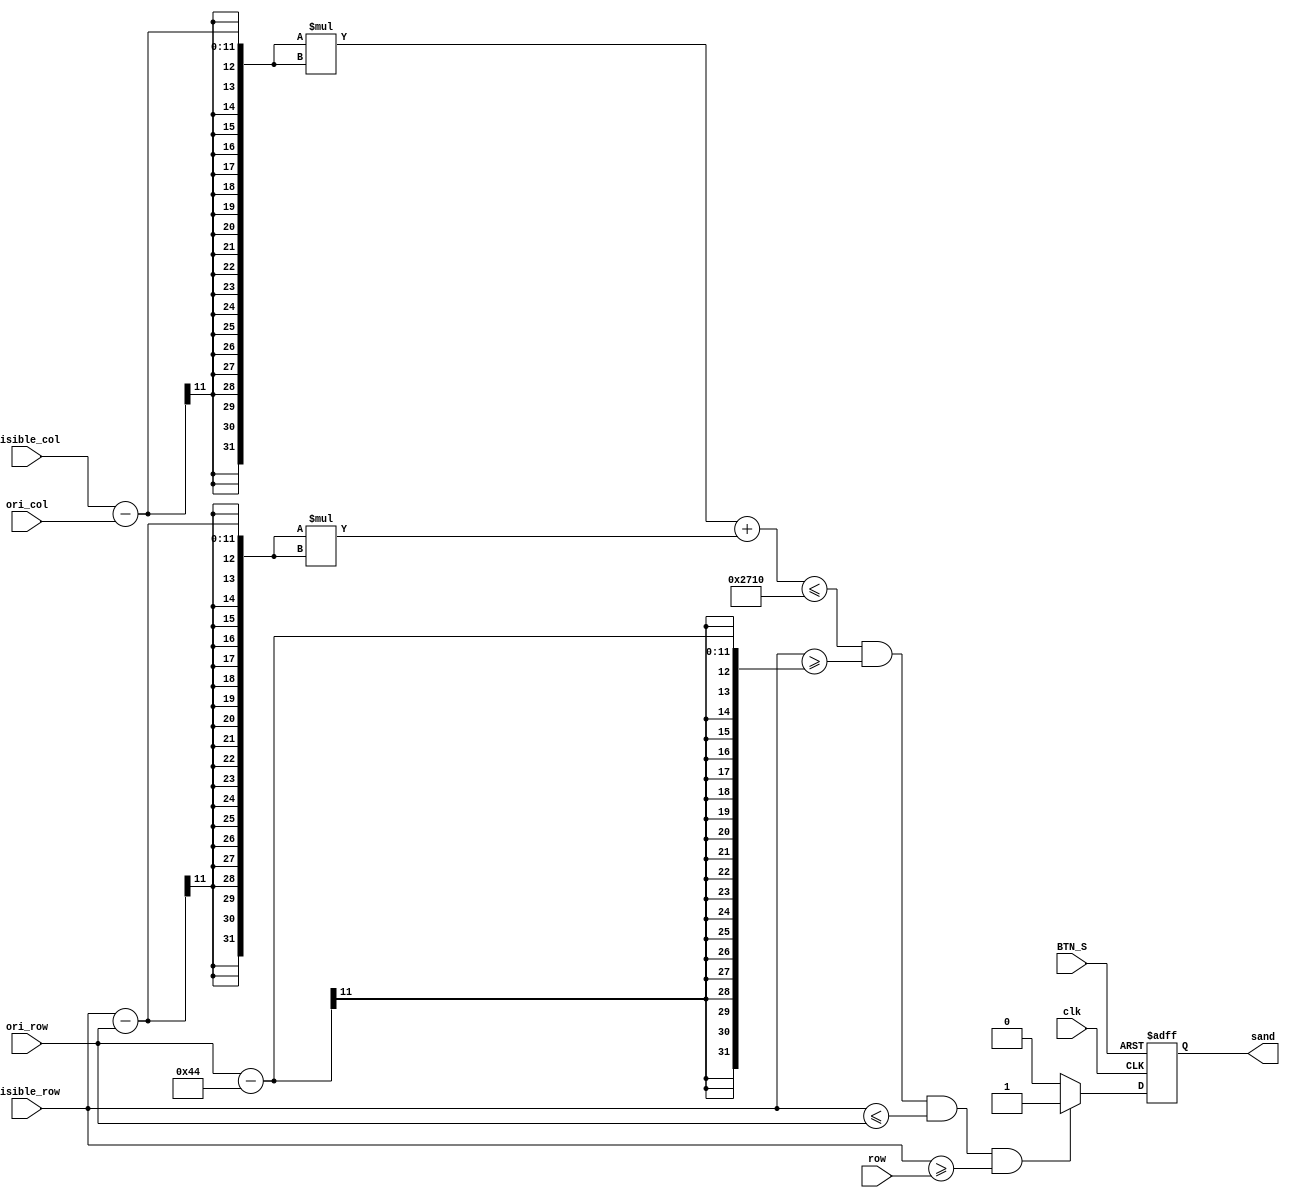
module lower_sand(sand,visible_col,visible_row,row,ori_col,ori_row,clk,BTN_S);

input BTN_S,clk;
input[10:0]visible_col,visible_row,row,ori_col,ori_row;
output reg sand;

wire is_sand;

assign is_sand = ( ((visible_col-ori_col)*(visible_col-ori_col) + (visible_row-ori_row)*(visible_row-ori_row) <= 10000) & (visible_row >= ori_row - 68) & (visible_row <= ori_row)& (visible_row >= row) );

always@(posedge clk or posedge BTN_S)begin
	if(BTN_S)sand<=1'b0;
	else if(is_sand)sand<=1'b1;
	else sand<=1'b0;
end

endmodule